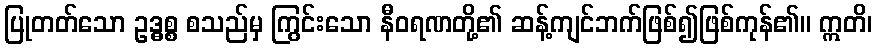
ပြုတတ်သော ဥဒ္ဓစ္စ စသည်မှ ကြွင်းသော နီဝရဏတို့၏ ဆန့်ကျင်ဘက်ဖြစ်၍ဖြစ်ကုန်၏။ ဣတိ၊